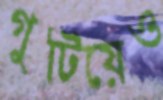
গুটিয়েও